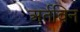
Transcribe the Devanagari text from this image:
अर्तविन